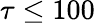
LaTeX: \tau\leq 100